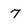
Character: 7